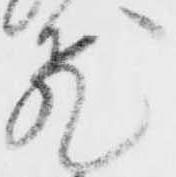
飛